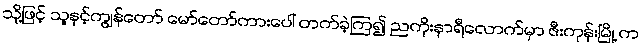
သို့ဖြင့် သူနှင့်ကျွန်တော် မော်တော်ကားပေါ် တက်ခဲ့ကြ၍ ညကိုးနာရီလောက်မှာ ဇီးကုန်းမြို့ က